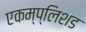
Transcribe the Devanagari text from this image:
एकम्प्लिशड